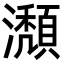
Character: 瀩